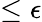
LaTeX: \leq\epsilon